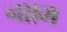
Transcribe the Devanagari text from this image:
नााम